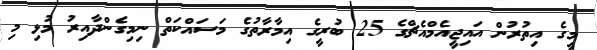
މީގެ އިތުރުން އައިޖީއެމްއެޗްގެ 25 ބުރީގެ އިމާރާތުގެ މަސައްކަތް ނިމިގެންދާއިރު މުޅި މި